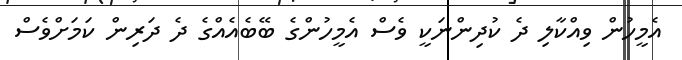
އެމީހުން ވިއްކާލި ދެ ކުދިންނަކީ ވެސް އެމީހުންގެ ބޭބެއެއްގެ ދެ ދަރިން ކަމަށްވެސް